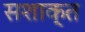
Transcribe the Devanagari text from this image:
सशाक्त